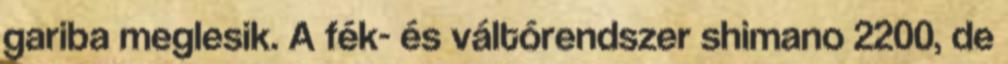
gariba meglesik. A fék- és váltórendszer shimano 2200, de